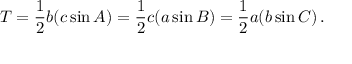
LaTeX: T = { \frac { 1 } { 2 } } b ( c \sin A ) = { \frac { 1 } { 2 } } c ( a \sin B ) = { \frac { 1 } { 2 } } a ( b \sin C ) \, .